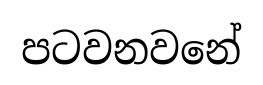
පටවනවනේ